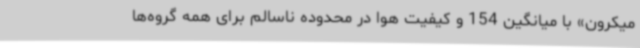
میکرون» با میانگین 154 و کیفیت هوا در محدوده ناسالم برای همه گروه‌ها